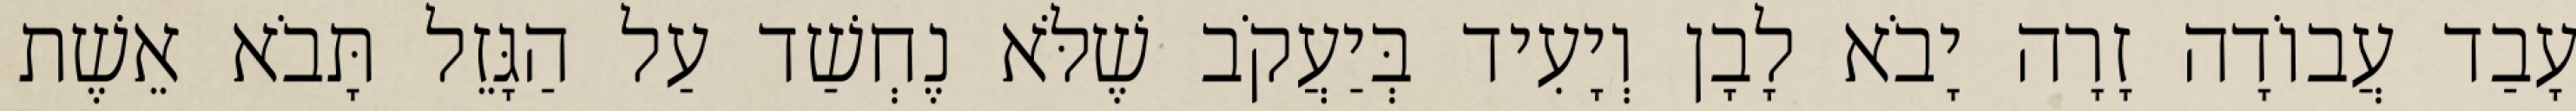
עָבַד עֲבוֹדָה זָרָה יָבֹא לָבָן וְיָעִיד בְּיַעֲקֹב שֶׁלֹּא נֶחְשַׁד עַל הַגָּזֵל תָּבֹא אֵשֶׁת